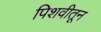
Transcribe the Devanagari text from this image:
पिशवीतून